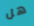
هل